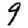
Digit: 9